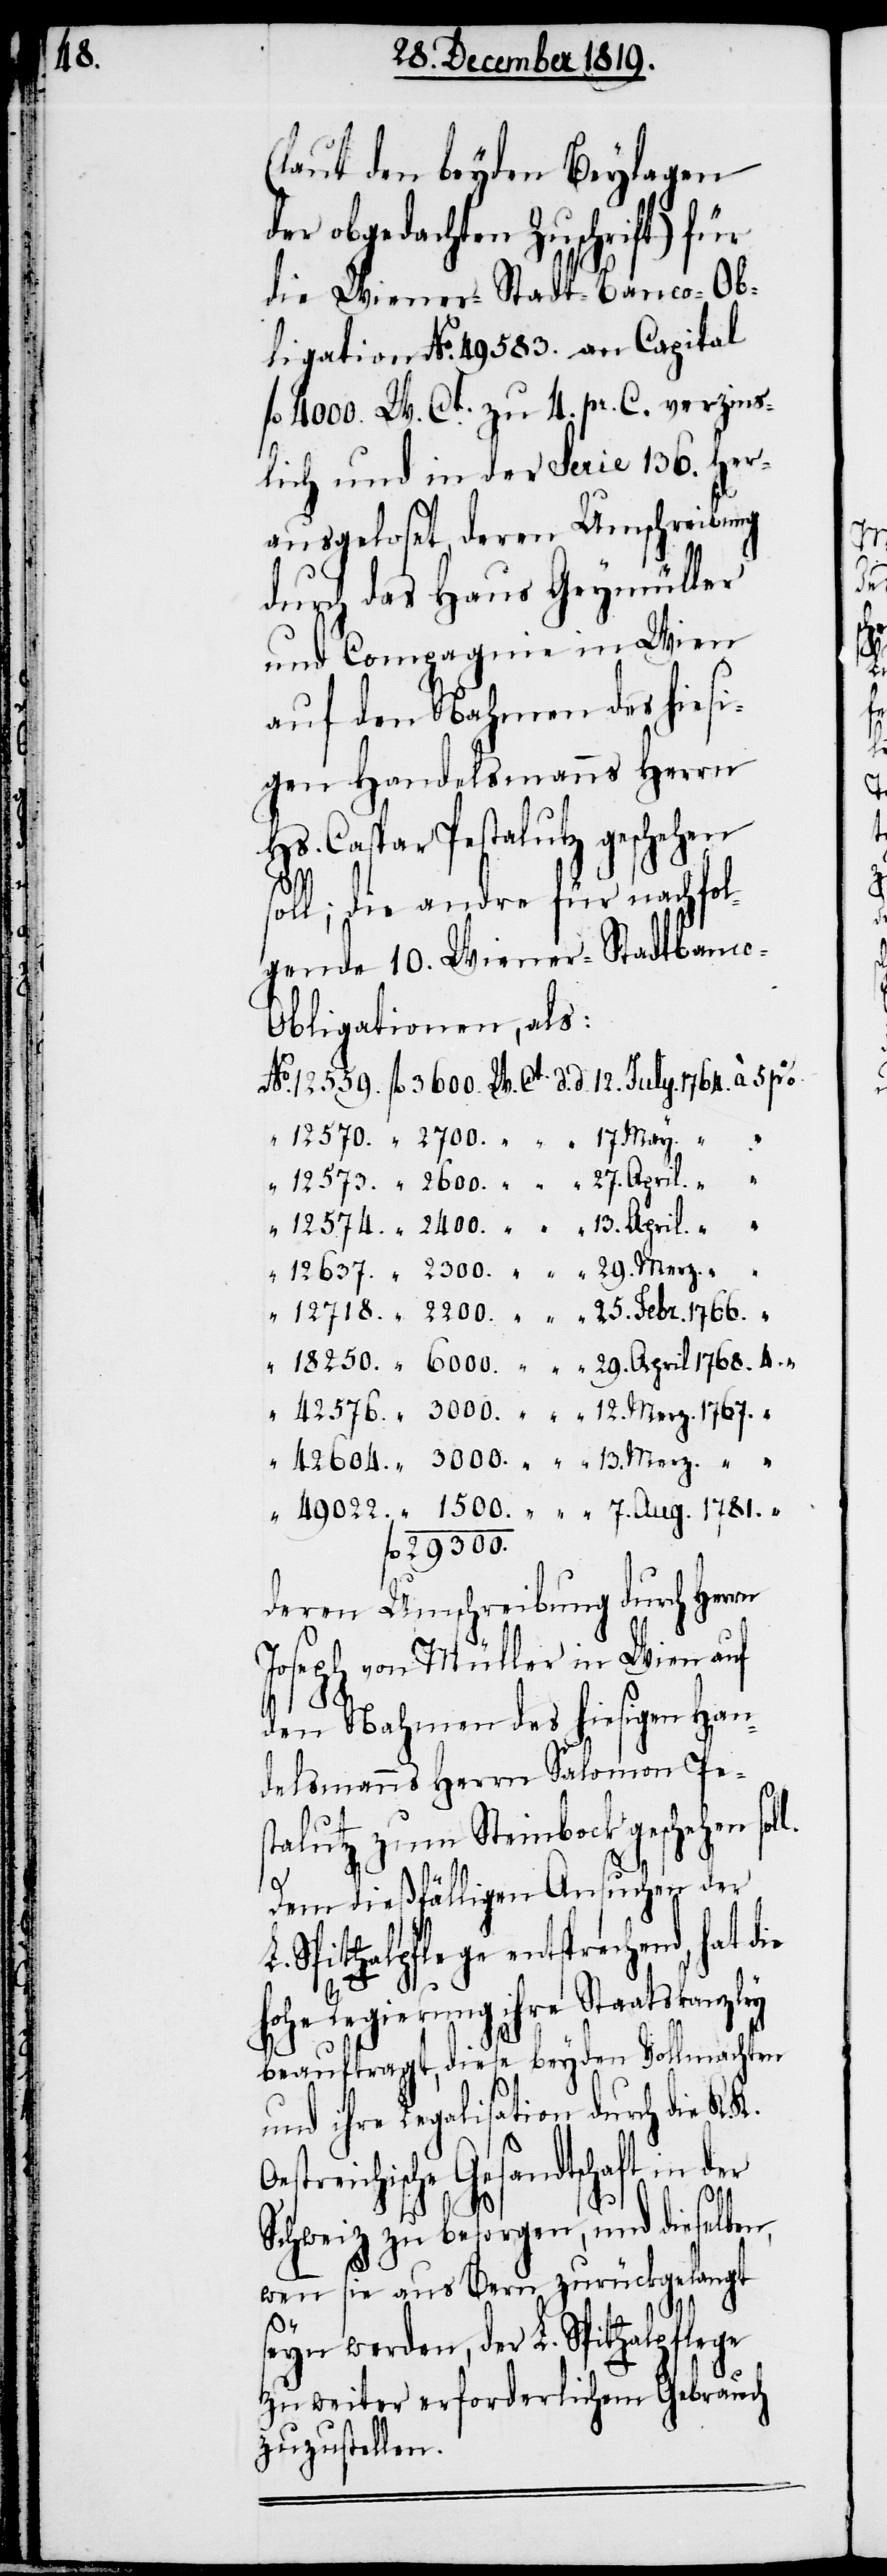
42604.

(laut den beyden Beylagen
der obgedachten Zuschrift) für
die Wiener-Stadt-Banco-Ob¬
ligation No. 49583. an Capital
fl. 4000. W. Ct. zu 4. pr. C. verzins¬
lich und in der Serie 136. her¬
ausgeloset, deren Umschreibung
durch das Haus Geymüller
und Compagnie in Wien
auf den Nahmen des hiesi¬
gen Handelsmanns Herrn
Hs. Caspar Pestalutz geschehen
fl.
soll; die andre für nachfol¬
gende 10. Wiener-Stadtbanc¬
o-Obligationen, als:
29300.
deren Umschreibung durch Herr¬
Joseph von Müller in Wien auf
den Nahmen des hiesigen Han¬
delsmanns Herrn Salomon Pe¬
stalutz zum Steinbock geschehen sol¬
l.
Dem dießfälligen Ansuchen der
Spitalpflege entsprechend, hat die
K.
Oe¬
hohe Regierung ihre Staatskanzley
beauftragt, diese beyden Vollmachten
und ihre Legalisation durch die K.
streichische Gesandtschaft in der
Schweiz zu besorgen, und dieselben,
wenn sie aus Bern zurückgelangt
seyn werden, der L. Spitalpflege
zu weiter erforderlichem Gebrauch
zuzustellen.